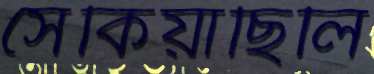
সেঁকিয়াছিলি